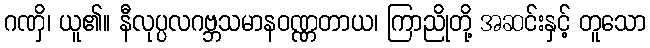
ဂဏှိ၊ ယူ၏။ နီလုပ္ပလဂဗ္ဘသမာနဝဏ္ဏတာယ၊ ကြာညိုတို့ အဆင်းနှင့် တူသော